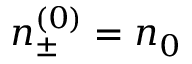
n _ { \pm } ^ { ( 0 ) } = n _ { 0 }